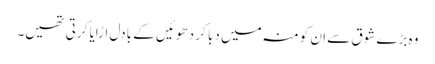
وہ بڑے شوق سے ان کو منہ میں دبا کر دھوئیں کے بادل اڑایا کرتی تھیں۔